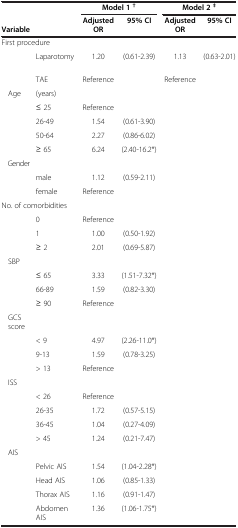
<table><thead><tr><td rowspan="2"><b>Variable</b></td><td rowspan="2"><b> </b></td><td colspan="2"><b>Model 1 <sup>†</sup></b></td><td colspan="2"><b>Model 2 <sup>‡</sup></b></td></tr><tr><td><b>Adjusted OR</b></td><td><b>95% CI</b></td><td><b>Adjusted OR</b></td><td><b>95% CI</b></td></tr></thead><tbody><tr><td colspan="2">First procedure</td><td> </td><td> </td><td> </td><td> </td></tr><tr><td> </td><td>Laparotomy</td><td>1.20</td><td>(0.61-2.39)</td><td>1.13</td><td>(0.63-2.01)</td></tr><tr><td> </td><td>TAE</td><td>Reference</td><td> </td><td>Reference</td><td> </td></tr><tr><td>Age</td><td>(years)</td><td> </td><td> </td><td> </td><td> </td></tr><tr><td> </td><td>≤ 25</td><td>Reference</td><td> </td><td> </td><td> </td></tr><tr><td> </td><td>26-49</td><td>1.54</td><td>(0.61-3.90)</td><td> </td><td> </td></tr><tr><td> </td><td>50-64</td><td>2.27</td><td>(0.86-6.02)</td><td> </td><td> </td></tr><tr><td> </td><td>≥ 65</td><td>6.24</td><td>(2.40-16.2*)</td><td> </td><td> </td></tr><tr><td>Gender</td><td> </td><td> </td><td> </td><td> </td><td> </td></tr><tr><td> </td><td>male</td><td>1.12</td><td>(0.59-2.11)</td><td> </td><td> </td></tr><tr><td> </td><td>female</td><td>Reference</td><td> </td><td> </td><td> </td></tr><tr><td colspan="2">No. of comorbidities</td><td> </td><td> </td><td> </td><td> </td></tr><tr><td> </td><td>0</td><td>Reference</td><td> </td><td> </td><td> </td></tr><tr><td> </td><td>1</td><td>1.00</td><td>(0.50-1.92)</td><td> </td><td> </td></tr><tr><td> </td><td>≥ 2</td><td>2.01</td><td>(0.69-5.87)</td><td> </td><td> </td></tr><tr><td>SBP</td><td> </td><td> </td><td> </td><td> </td><td> </td></tr><tr><td> </td><td>≤ 65</td><td>3.33</td><td>(1.51-7.32*)</td><td> </td><td> </td></tr><tr><td> </td><td>66-89</td><td>1.59</td><td>(0.82-3.30)</td><td> </td><td> </td></tr><tr><td> </td><td>≥ 90</td><td>Reference</td><td> </td><td> </td><td> </td></tr><tr><td>GCS score</td><td> </td><td> </td><td> </td><td> </td><td> </td></tr><tr><td> </td><td>&lt; 9</td><td>4.97</td><td>(2.26-11.0*)</td><td> </td><td> </td></tr><tr><td> </td><td>9-13</td><td>1.59</td><td>(0.78-3.25)</td><td> </td><td> </td></tr><tr><td> </td><td>&gt; 13</td><td>Reference</td><td> </td><td> </td><td> </td></tr><tr><td>ISS</td><td> </td><td> </td><td> </td><td> </td><td> </td></tr><tr><td> </td><td>&lt; 26</td><td>Reference</td><td> </td><td> </td><td> </td></tr><tr><td> </td><td>26-35</td><td>1.72</td><td>(0.57-5.15)</td><td> </td><td> </td></tr><tr><td> </td><td>36-45</td><td>1.04</td><td>(0.27-4.09)</td><td> </td><td> </td></tr><tr><td> </td><td>&gt; 45</td><td>1.24</td><td>(0.21-7.47)</td><td> </td><td> </td></tr><tr><td>AIS</td><td> </td><td> </td><td> </td><td> </td><td> </td></tr><tr><td> </td><td>Pelvic AIS</td><td>1.54</td><td>(1.04-2.28*)</td><td> </td><td> </td></tr><tr><td> </td><td>Head AIS</td><td>1.06</td><td>(0.85-1.33)</td><td> </td><td> </td></tr><tr><td> </td><td>Thorax AIS</td><td>1.16</td><td>(0.91-1.47)</td><td> </td><td> </td></tr><tr><td> </td><td>Abdomen AIS</td><td>1.36</td><td>(1.06-1.75*)</td><td> </td><td> </td></tr></tbody></table>